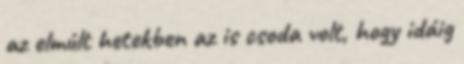
az elmúlt hetekben az is csoda volt, hogy idáig